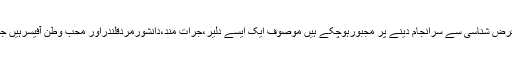
ڈی آئی جی پو لیس لاہور رائے بابر سعید وہ کپتان ہیں جس کی زیرقیادت تمام اہلکاراپنی زمہ داریاں فرض شناسی سے سرانجام دینے پر مجبورہوچکے ہیں موصوف ایک ایسے دلیر،جرات مند،دانشورمردقلندراور محب وطن آفیسرہیں جومحکمہ پولیس کو عوامی امنگوں کا ترجمان بنانے کی خاطر شب وروز مصروف عمل نظر آتے ہیں۔